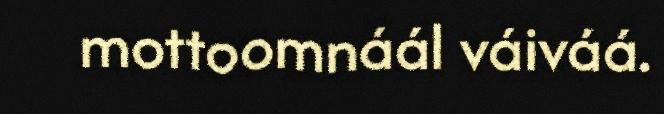
mottoomnáál váiváá.